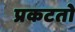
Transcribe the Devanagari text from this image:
प्रकटतो